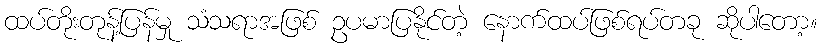
ထပ်တိုးတုန့်ပြန်မှု သံသရာအဖြစ် ဥပမာပြနိုင်တဲ့ နောက်ထပ်ဖြစ်ရပ်တခု ဆိုပါတော့။